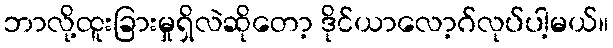
ဘာလို့ထူးခြားမှုရှိလဲဆိုတော့ ဒိုင်ယာလော့ဂ်လုပ်ပါ့မယ်။